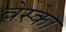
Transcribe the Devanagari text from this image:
वेस्का